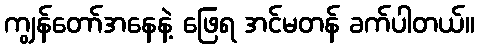
ကျွန်တော်အနေနဲ့ ဖြေရ အင်မတန် ခက်ပါတယ်။